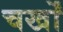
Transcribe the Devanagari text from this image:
चर्खों